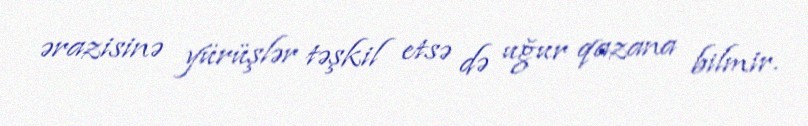
ərazisinə yürüşlər təşkil etsə də uğur qazana bilmir.